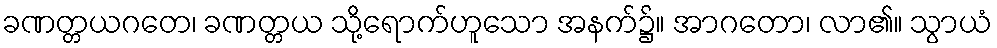
ခဏတ္တယဂတေ၊ ခဏတ္တယ သို့ရောက်ဟူသော အနက်၌။ အာဂတော၊ လာ၏။ သွာယံ